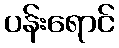
ပန်းရောင်